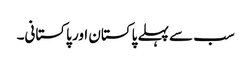
سب سے پہلے پاکستان اور پاکستانی۔